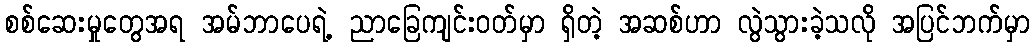
စစ်ဆေးမှုတွေအရ အမ်ဘာပေရဲ့ ညာခြေကျင်းဝတ်မှာ ရှိတဲ့ အဆစ်ဟာ လွဲသွားခဲ့သလို အပြင်ဘက်မှာ